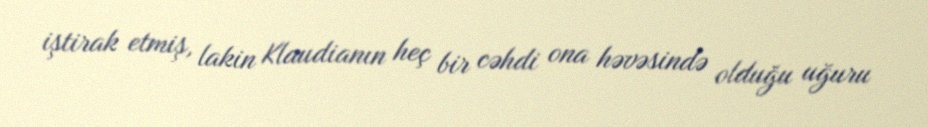
iştirak etmiş, lakin Klaudianın heç bir cəhdi ona həvəsində olduğu uğuru